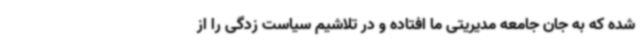
شده که به جان جامعه مدیریتی ما افتاده و در تلاشیم سیاست زدگی را از